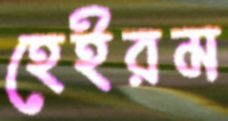
হেইরম